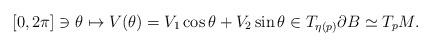
LaTeX: \begin{align*} [0,2\pi]\ni\theta \mapsto V(\theta) = V_1\cos\theta + V_2\sin\theta \in T_{\eta(p)}\partial B\simeq T_pM.\end{align*}